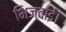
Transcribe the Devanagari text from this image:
भिजवाई।